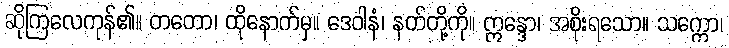
ဆိုကြလေကုန်၏။ တတော၊ ထိုနောက်မှ။ ဒေဝါနံ၊ နတ်တို့ကို။ ဣန္ဒော၊ အစိုးရသော။ သက္ကော၊